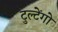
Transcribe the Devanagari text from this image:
टुल्टेंगो